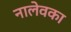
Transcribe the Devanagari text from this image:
नालेवका